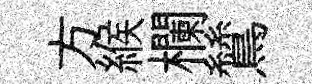
方緱欄鷥